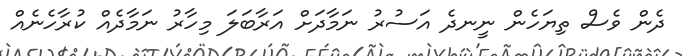
ދެން ވެސް ތިޔަހެން ނީނދެ އަސުރު ނަމާދަށް އަރާބަލަ މިހާރު ނަމާދެއް ކުރާހެނެއް